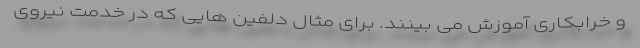
و خرابکاری آموزش می بینند. برای مثال دلفین هایی که در خدمت نیروی